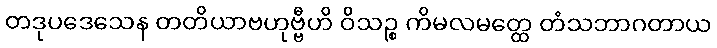
တဒုပဒေသေန တတိယာဗဟုဗ္ဗီဟိ ဝိသဉ္စ ကိမလမတ္ထေ တံသဘာဂတာယ